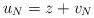
LaTeX: \begin{align*} u_N = z + v_N\end{align*}